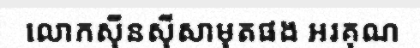
លោកស៊ីនស៊ីសាមុតផង អរគុណ